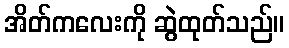
အိတ်ကလေးကို ဆွဲထုတ်သည်။